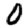
Digit: 0